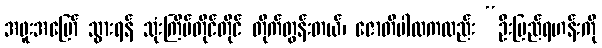
အဖူးအမြော် သွားရန် သုံးကြိမ်တိုင်တိုင် တိုက်တွန်းတယ်၊ ဇောတိပါလကလည်း “ဦးပြည်ရဟန်းကို